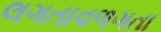
લગતાવળગતા